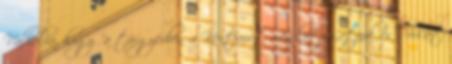
Vállalva, hogy "a tárgyévben a Kentaurt meglátogatjuk és sorsát